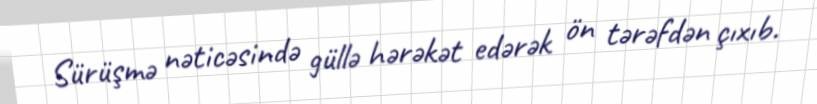
Sürüşmə nəticəsində güllə hərəkət edərək ön tərəfdən çıxıb.